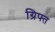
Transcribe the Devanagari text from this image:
ग्रिफ्त